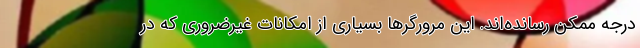
درجه ممکن رسانده‌اند. این مرورگرها بسیاری از امکانات غیرضروری که در